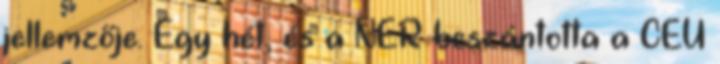
jellemzője. Egy hét, és a NER beszántotta a CEU